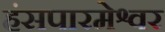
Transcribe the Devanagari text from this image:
हंसपारमेश्वर